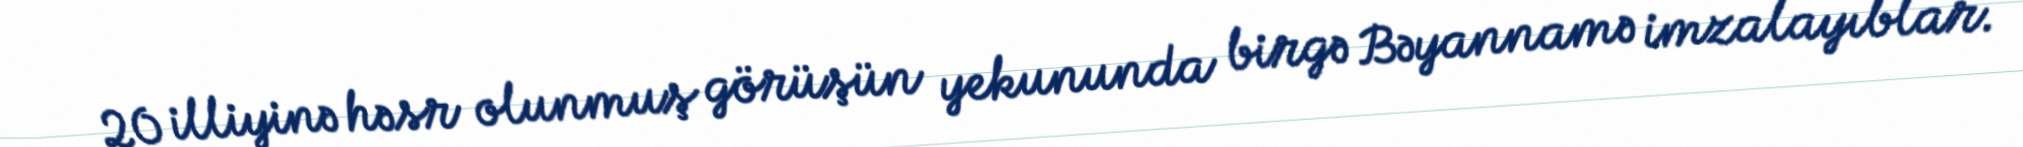
20 illiyinə həsr olunmuş görüşün yekununda birgə Bəyannamə imzalayıblar.